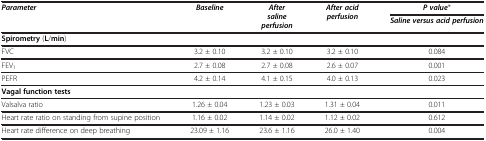
<table><thead><tr><td rowspan="2"><b><i>Parameter</i></b></td><td rowspan="2"><b><i>Baseline</i></b></td><td rowspan="2"><b><i>After saline perfusion</i></b></td><td rowspan="2"><b><i>After acid perfusion</i></b></td><td><b><i>P value</i>*</b></td></tr><tr><td><b><i>Saline versus acid perfusion</i></b></td></tr><tr><td><b>Spirometry (L/min)</b></td><td><b> </b></td><td><b> </b></td><td><b> </b></td><td><b> </b></td></tr></thead><tbody><tr><td>FVC</td><td>3.2 ± 0.10</td><td>3.2 ± 0.10</td><td>3.2 ± 0.10</td><td>0.084</td></tr><tr><td>FEV<sub>1</sub></td><td>2.7 ± 0.08</td><td>2.7 ± 0.08</td><td>2.6 ± 0.07</td><td>0.001</td></tr><tr><td>PEFR</td><td>4.2 ± 0.14</td><td>4.1 ± 0.15</td><td>4.0 ± 0.13</td><td>0.023</td></tr><tr><td><b>Vagal function tests</b></td><td> </td><td> </td><td> </td><td> </td></tr><tr><td>Valsalva ratio</td><td>1.26 ± 0.04</td><td>1.23 ± 0.03</td><td>1.31 ± 0.04</td><td>0.011</td></tr><tr><td>Heart rate ratio on standing from supine position</td><td>1.16 ± 0.02</td><td>1.14 ± 0.02</td><td>1.12 ± 0.02</td><td>0.612</td></tr><tr><td>Heart rate difference on deep breathing</td><td>23.09 ± 1.16</td><td>23.6 ± 1.16</td><td>26.0 ± 1.40</td><td>0.004</td></tr></tbody></table>